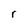
Character: r